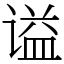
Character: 谥